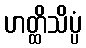
ဟတ္ထိသိပ္ပံ